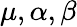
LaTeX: \mu,\alpha,\beta